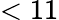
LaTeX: <11